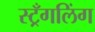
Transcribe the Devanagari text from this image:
स्ट्रँगलिंग